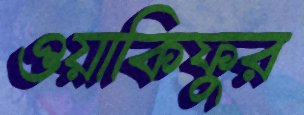
ওয়াকিফুর